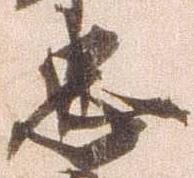
忠